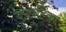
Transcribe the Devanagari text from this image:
उपवर्हिका